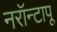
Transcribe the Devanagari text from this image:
नरॉन्टापू